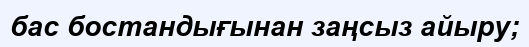
бас бостандығынан заңсыз айыру;